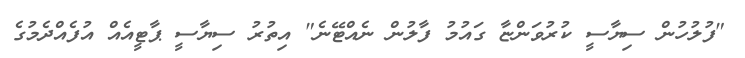
"ފުލުހުން ސިޔާސީ ކުރުވަންޏާ ގައުމު ފާލުން ނެއްޓޭނެ" އިތުރު ސިޔާސީ ޕާޓީއެއް އުފެއްދެމުގެ